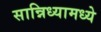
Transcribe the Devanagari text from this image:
सान्निध्यामध्ये